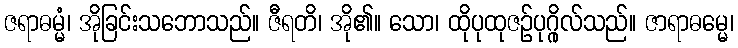
ဇရာဓမ္မံ၊ အိုခြင်းသဘောသည်။ ဇီရတိ၊ အို၏။ သော၊ ထိုပုထုဇဉ်ပုဂ္ဂိုလ်သည်။ ဇာရာဓမ္မေ၊